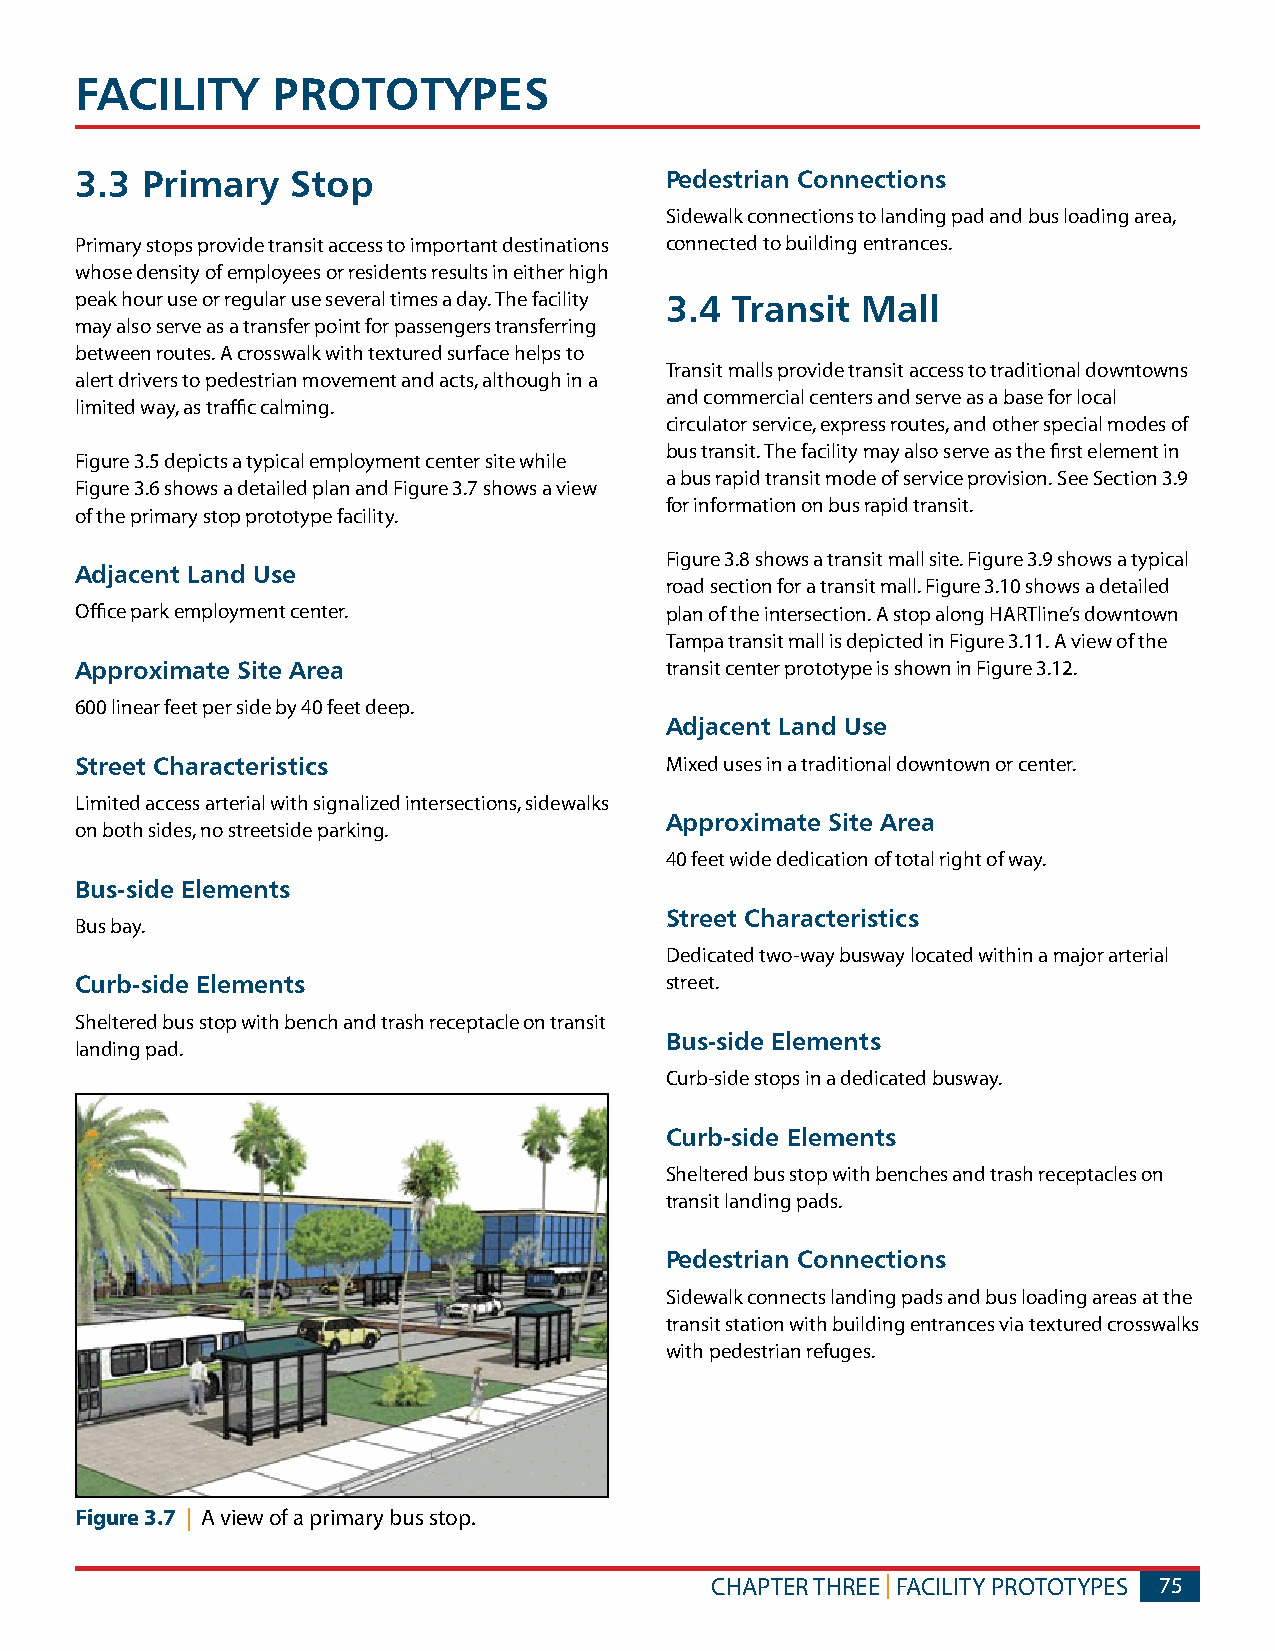
FACILITy     PROTOTyPES
 3.3 Primary   Stop                     Pedestrian Connections
 Sidewalk connections to landing pad and bus loading area,
 Primary stops provide transit access to important destinations connected to building entrances.
 whose density of employees or residents results in either high
 peak hour use or regular use several times a day. The facility 3.4 Transit Mall
 may also serve as a transfer point for passengers transferring
 between routes. A crosswalk with textured surface helps to
 Transit malls provide transit access to traditional downtowns
 alert drivers to pedestrian movement and acts, although in a
 and commercial centers and serve as a base for local
 limited way, as traffic calming.
 circulator service, express routes, and other special modes of
 bus transit. The facility may also serve as the first element in
 Figure 3.5 depicts a typical employment center site while
 a bus rapid transit mode of service provision. See Section 3.9
 Figure 3.6 shows a detailed plan and Figure 3.7 shows a view
 for information on bus rapid transit.
 of the primary stop prototype facility.
 Figure 3.8 shows a transit mall site. Figure 3.9 shows a typical
 Adjacent Land Use
 road section for a transit mall. Figure 3.10 shows a detailed
 Office park employment center.         plan of the intersection. A stop along HARTline’s downtown
 Tampa transit mall is depicted in Figure 3.11. A view of the
 Approximate Site Area                  transit center prototype is shown in Figure 3.12.
 600 linear feet per side by 40 feet deep.
 Adjacent Land Use
 Street Characteristics                 Mixed uses in a traditional downtown or center.
 Limited access arterial with signalized intersections, sidewalks
 Approximate Site Area
 on both sides, no streetside parking.
 40 feet wide dedication of total right of way.
 Bus-side Elements
 Street Characteristics
 Bus bay.
 Dedicated two-way busway located within a major arterial
 Curb-side Elements                     street.
 Sheltered bus stop with bench and trash receptacle on transit
 Bus-side Elements
 landing pad.
 Curb-side stops in a dedicated busway.
 Curb-side Elements
 Sheltered bus stop with benches and trash receptacles on
 transit landing pads.
 Pedestrian Connections
 Sidewalk connects landing pads and bus loading areas at the
 transit station with building entrances via textured crosswalks
 with pedestrian refuges.
 Figure 3.7 | A view of a primary bus stop.
 CHAPTER THREE | FACILITY PROTOTYPES 75